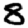
Digit: 8